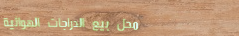
محل بيع الدراجات الهوائية